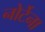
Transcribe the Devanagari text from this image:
नोर्टेना